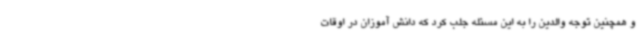
و همچنین توجه والدین را به این مسئله جلب کرد که دانش آموزان در اوقات